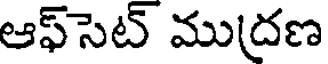
ఆఫ్సెట్ ముద్రణ